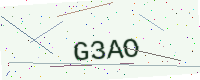
Text: G3AO